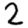
Digit: 2